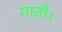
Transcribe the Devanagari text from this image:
गाती।